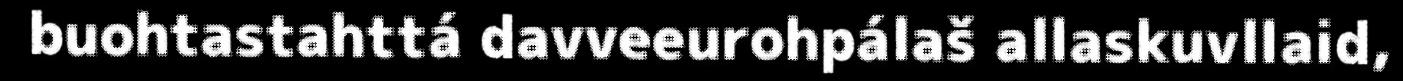
buohtastahttá davveeurohpálaš allaskuvllaid,